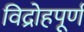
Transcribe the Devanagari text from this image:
विद्रोहपूर्ण